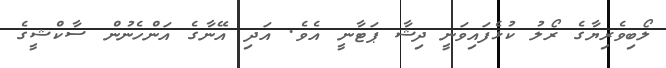
ލޯބިވެރިޔާގެ ރޯލު ކުޅެފައިވަނީ ދިޝާ ޕަޓާނީ އެވެ. އަދި އޭނާގެ އަންހެނުން ސާކްޝީގެ